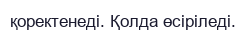
қоректенеді. Қолда өсіріледі.